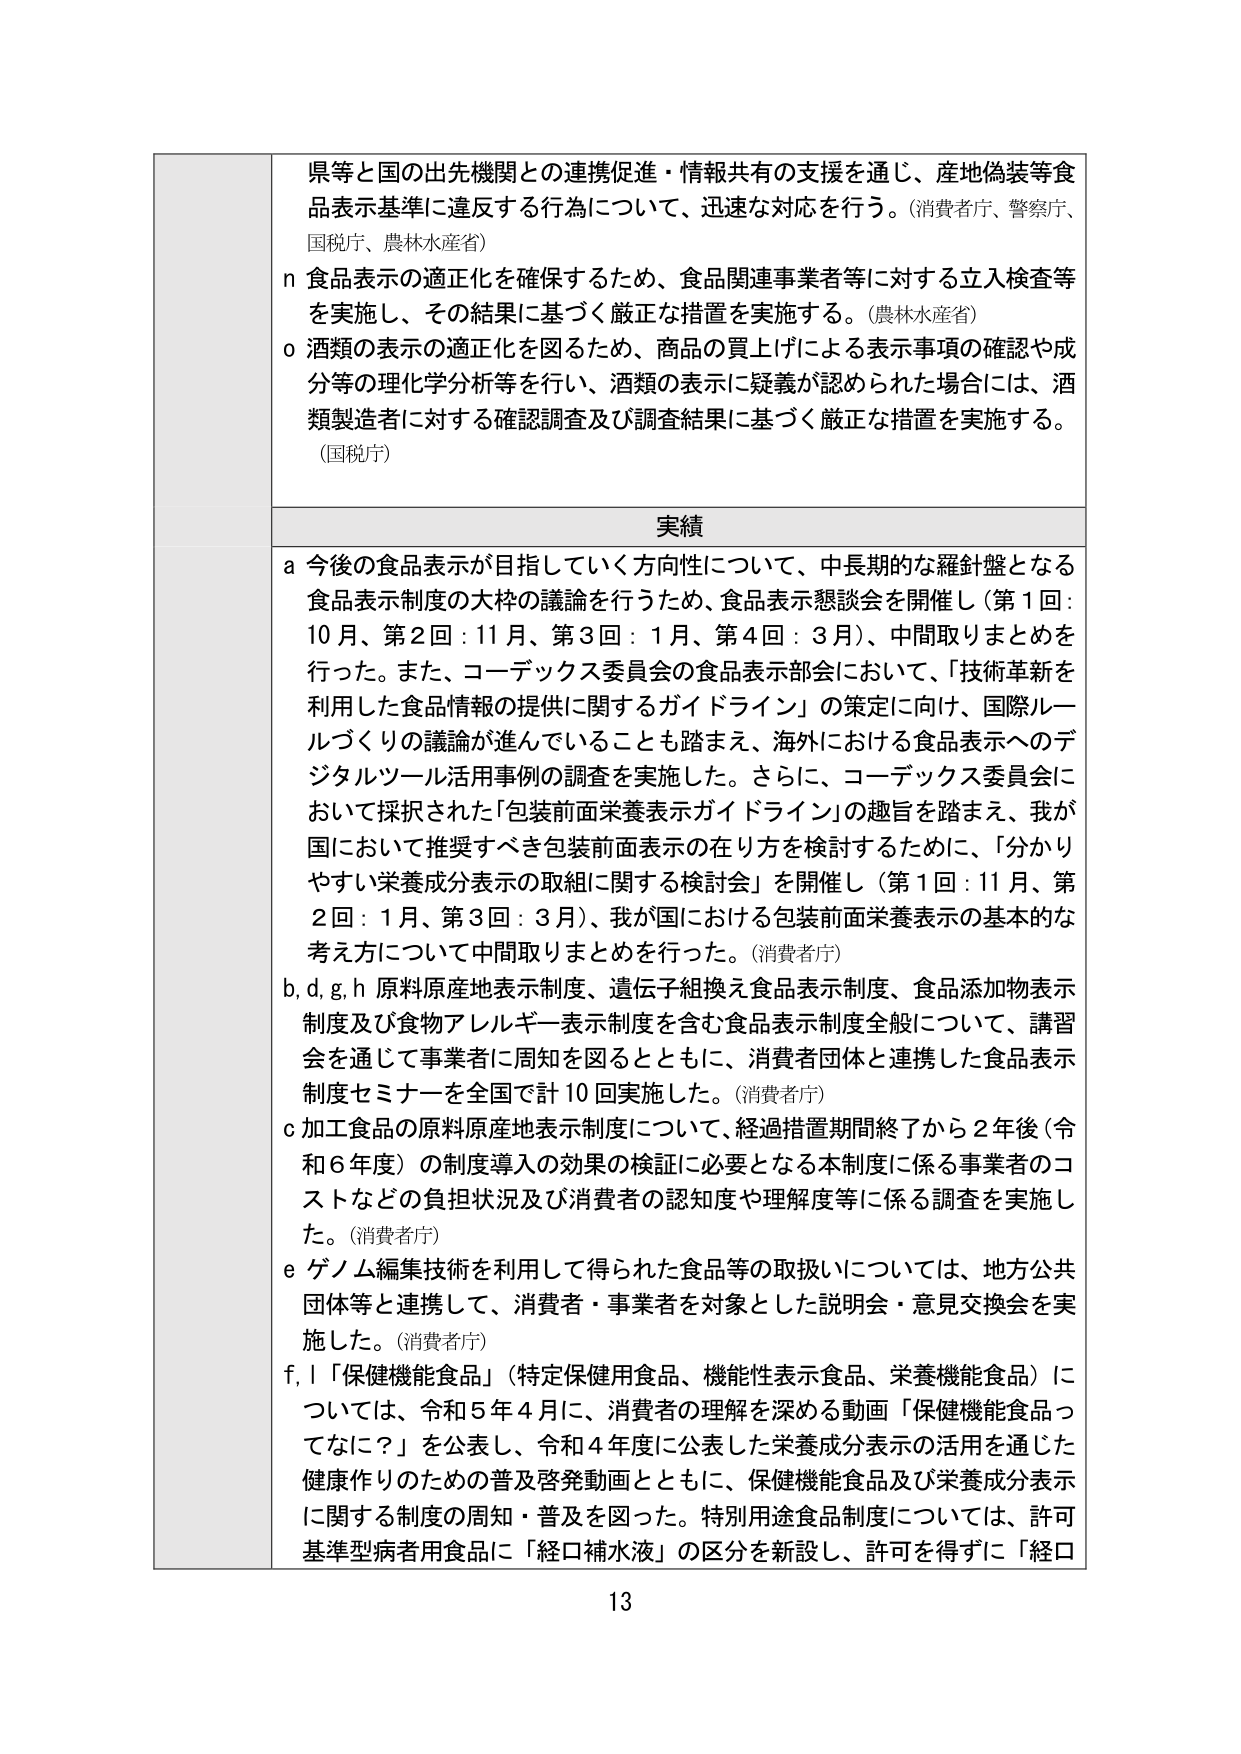
県等と国の出先機関との連携促進・情報共有の支援を通じ、産地偽装等食品表示基準に違反する行為について、迅速な対応を行う。（消費者庁、警察庁、国税庁、農林水産省）

n 食品表示の適正化を確保するため、食品関連事業者等に対する立入検査等を実施し、その結果に基づく厳正な措置を実施する。（農林水産省）

o 酒類の表示の適正化を図るため、商品の買上げによる表示事項の確認や成分等の理化学分析等を行い、酒類の表示に疑義が認められた場合には、酒類製造者に対する確認調査及び調査結果に基づく厳正な措置を実施する。（国税庁）

実績

a 今後の食品表示が目指していく方向性について、中長期的な羅針盤となる食品表示制度の大枠の議論を行うため、食品表示懇談会を開催し（第1回：10月、第2回：11月、第3回：1月、第4回：3月）、中間取りまとめを行った。また、コーデックス委員会の食品表示部会において、「技術革新を利用した食品情報の提供に関するガイドライン」の策定に向け、国際ルールづくりの議論が進んでいることも踏まえ、海外における食品表示へのデジタルツール活用事例の調査を実施した。さらに、コーデックス委員会において採択された「包装前面栄養表示ガイドライン」の趣旨を踏まえ、我が国において推奨すべき包装前面表示の在り方を検討するために、「分かりやすい栄養成分表示の取組に関する検討会」を開催し（第1回：11月、第2回：1月、第3回：3月）、我が国における包装前面栄養表示の基本的な考え方について中間取りまとめを行った。（消費者庁）

b, d, g, h 原料原産地表示制度、遺伝子組換え食品表示制度、食品添加物表示制度及び食物アレルギー表示制度を含む食品表示制度全般について、講習会を通じて事業者に周知を図るとともに、消費者団体と連携した食品表示制度セミナーを全国で計10回実施した。（消費者庁）

c 加工食品の原料原産地表示制度について、経過措置期間終了から2年後（令和6年度）の制度導入の効果の検証に必要となる本制度に係る事業者のコストなどの負担状況及び消費者の認知度や理解度等に係る調査を実施した。（消費者庁）

e ゲノム編集技術を利用して得られた食品等の取扱いについては、地方公共団体等と連携して、消費者・事業者を対象とした説明会・意見交換会を実施した。（消費者庁）

f, l 「保健機能食品」（特定保健用食品、機能性表示食品、栄養機能食品）については、令和5年4月に、消費者の理解を深める動画「保健機能食品ってなに？」を公表し、令和4年度に公表した栄養成分表示の活用を通じた健康作りのための普及啓発動画とともに、保健機能食品及び栄養成分表示に関する制度の周知・普及を図った。特別用途食品制度については、許可基準型病者用食品に「経口補水液」の区分を新設し、許可を得ずに「経口

13